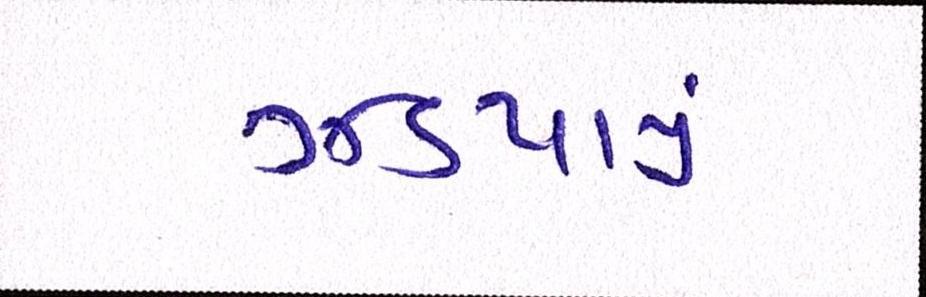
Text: ઝડપાયું